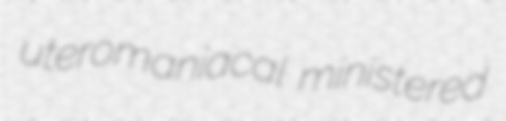
uteromaniacal ministered